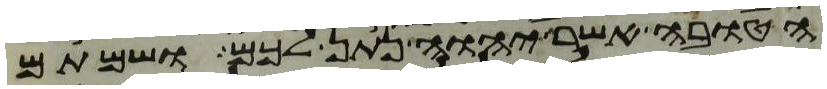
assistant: הטובה אשר יהוה נתן לכם ושמתם